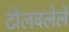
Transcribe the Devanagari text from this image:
टोलवलेले